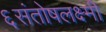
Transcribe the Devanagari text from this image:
६संतोषलक्ष्मी